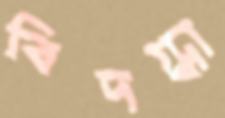
বিদগ্ধা